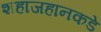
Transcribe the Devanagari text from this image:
शहाजहानकडे